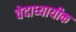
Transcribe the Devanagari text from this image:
वेदाध्यायीक